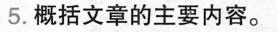
5.概括文章的主要内容。